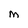
Character: M